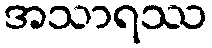
အသာရဿ